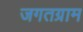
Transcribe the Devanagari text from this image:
जगतग्राम